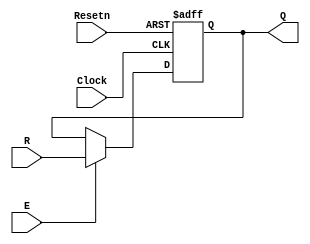
/* negated register for use in homework 4.
 *
 * Inputs:
 *   R      - input to register
 *   Clock  - should be connected to a 50 MHz clock
 *   Resetn - negated reset (resets on 0)
 *   E      - enable signal to load new input into register
 *
 * Outputs:
 *   Q     - current stored value
 *
 * Parameters:
 *   n     - bit-length of register
 */
module regne (R, Clock, Resetn, E, Q);
	parameter n = 8;
	input [n-1:0] R;
	input Clock, Resetn, E;
	output reg [n-1:0] Q;

	always @(posedge Clock, negedge Resetn)
		if (Resetn == 0)
			Q <= 0;
		else if (E)
			Q <= R;

endmodule